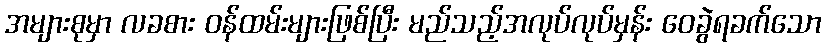
အများစုမှာ လခစား ဝန်ထမ်းများဖြစ်ပြီး မည်သည့်အလုပ်လုပ်မှန်း ဝေခွဲရခက်သော